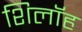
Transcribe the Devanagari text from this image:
शिलॉह